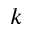
k